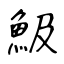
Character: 魥